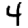
Digit: 4